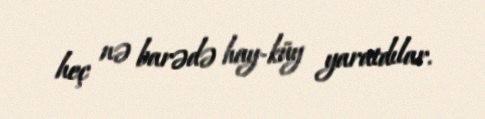
heç nə barədə hay-küy yaratdılar.